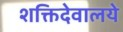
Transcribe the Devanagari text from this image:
शक्तिदेवालये